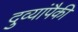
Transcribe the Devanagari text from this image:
दुव्यांपैकी